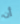
أن